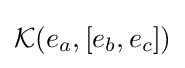
{\mathcal {K}}(e_{a},[e_{b},e_{c}])